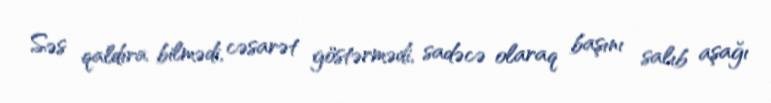
Səs qaldıra bilmədi, cəsarət göstərmədi, sadəcə olaraq başını salıb aşağı